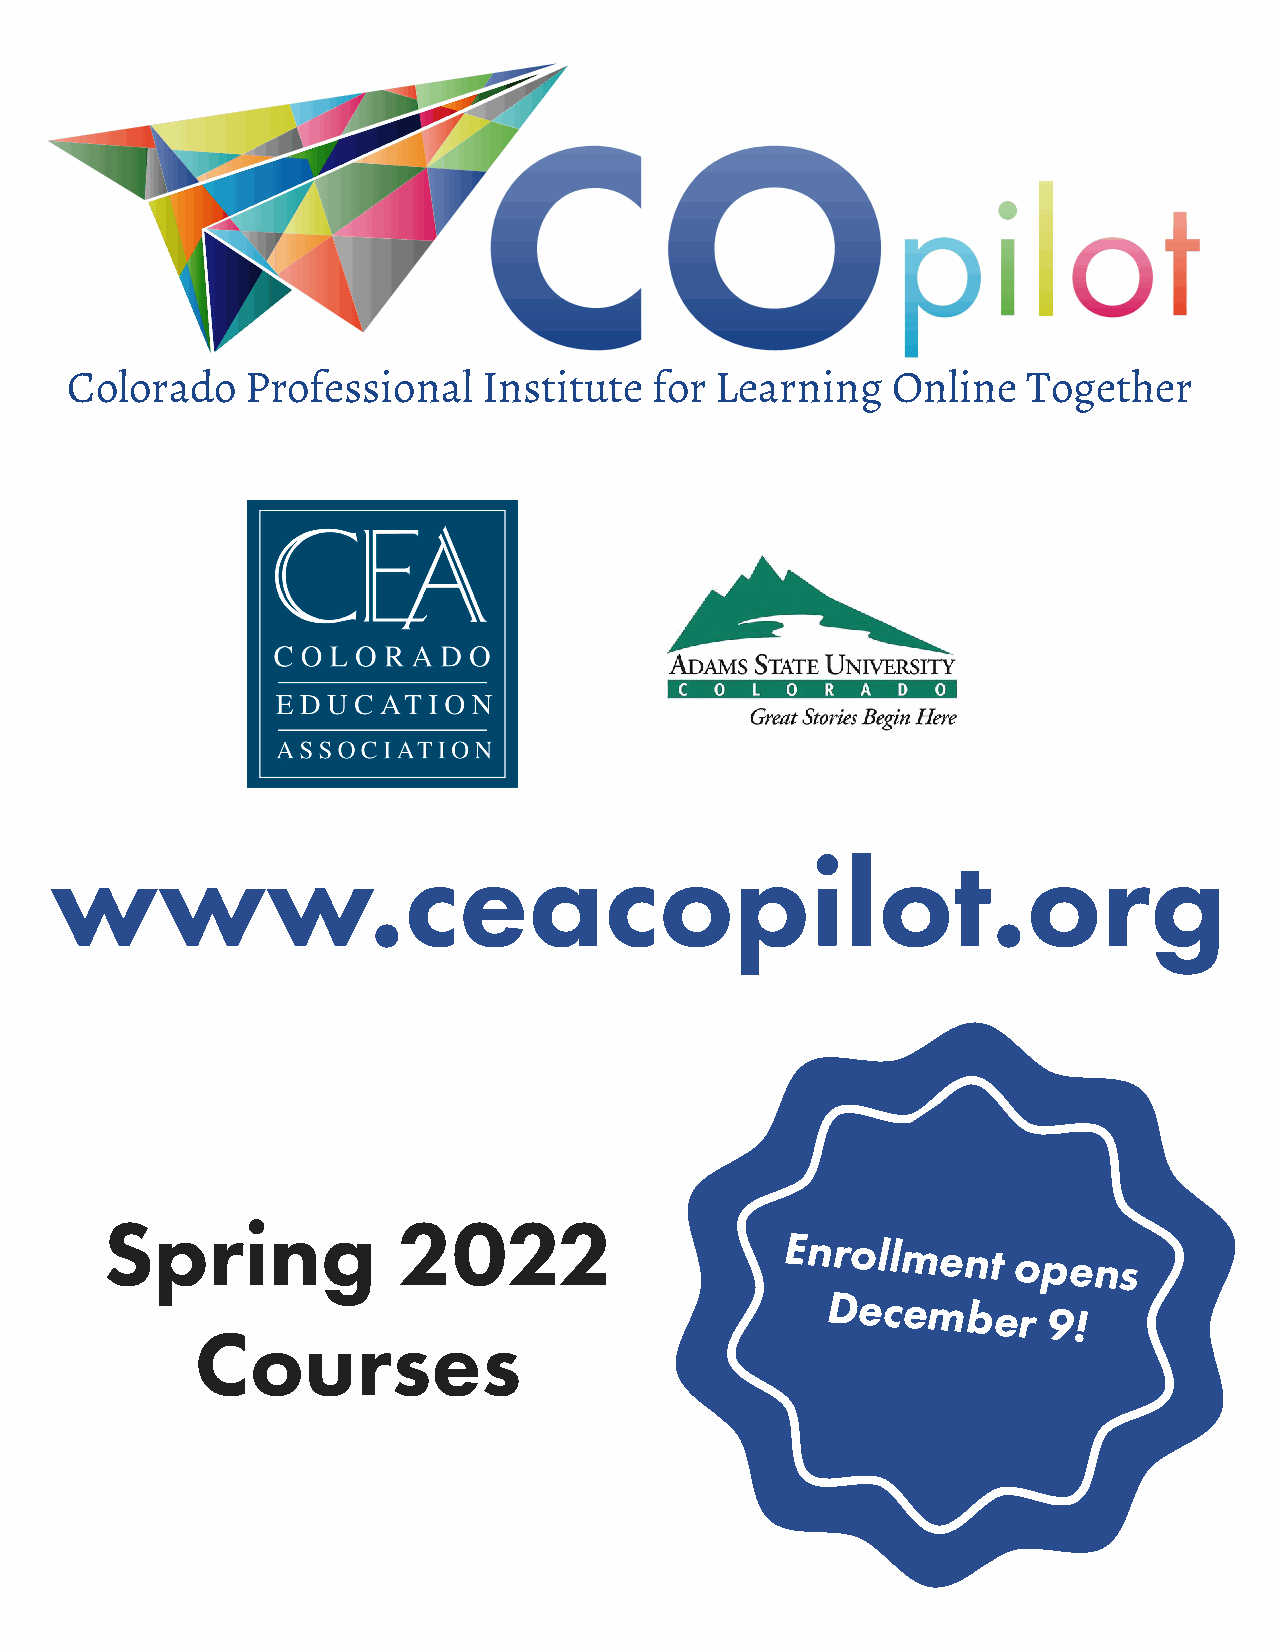
Colorado    Professional    Institute  for Learning    Online   Together
 www.ceacopilot.org
 Spring             2022
 Enrollment
 opens
 December
 9!
 Courses